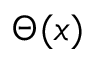
\Theta ( x )